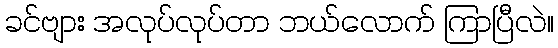
ခင်ဗျား အလုပ်လုပ်တာ ဘယ်လောက် ကြာပြီလဲ။